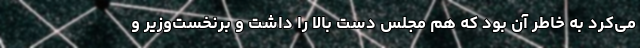
می‌کرد به خاطر آن بود که هم مجلس دست بالا را داشت و برنخست‌وزیر و